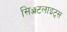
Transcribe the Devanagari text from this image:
सिॲटलाइट्स